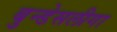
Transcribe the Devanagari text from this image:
बुन्डेसलीगा